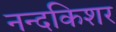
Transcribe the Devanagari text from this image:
नन्दकिशर